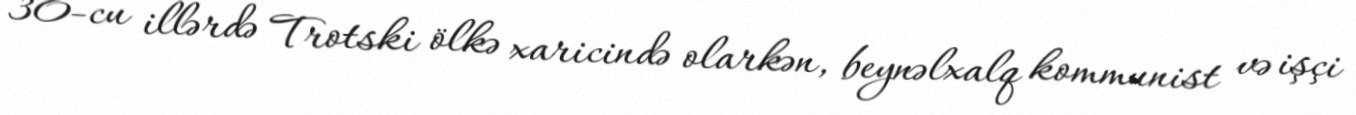
30-cu illərdə Trotski ölkə xaricində olarkən, beynəlxalq kommunist və işçi